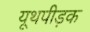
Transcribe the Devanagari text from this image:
यूथपीड़क